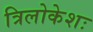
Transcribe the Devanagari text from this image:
त्रिलोकेशः